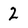
Character: 2